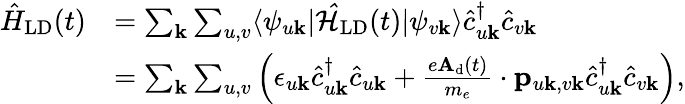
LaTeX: \begin{array}{rl}{\hat{H}_{\textrm{LD}}(t)}&{=\sum_{\mathbf{k}}\sum_{u,v}\langle\psi_{u\mathbf{k}}|\mathcal{\hat{H}}_{\textrm{LD}}(t)|\psi_{v\mathbf{k}}\rangle\hat{c}_{u\mathbf{k}}^{\dagger}\hat{c}_{v\mathbf{k}}}\\ &{=\sum_{\mathbf{k}}\sum_{u,v}\left(\epsilon_{u\mathbf{k}}\hat{c}_{u\mathbf{k}}^{\dagger}\hat{c}_{u\mathbf{k}}+\frac{e\mathbf{A}_{\textrm{d}}(t)}{m_{e}}\cdot\mathbf{p}_{u\mathbf{k},v\mathbf{k}}\hat{c}_{u\mathbf{k}}^{\dagger}\hat{c}_{v\mathbf{k}}\right),}\end{array}